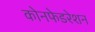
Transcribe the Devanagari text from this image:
कोनफेडरेशन